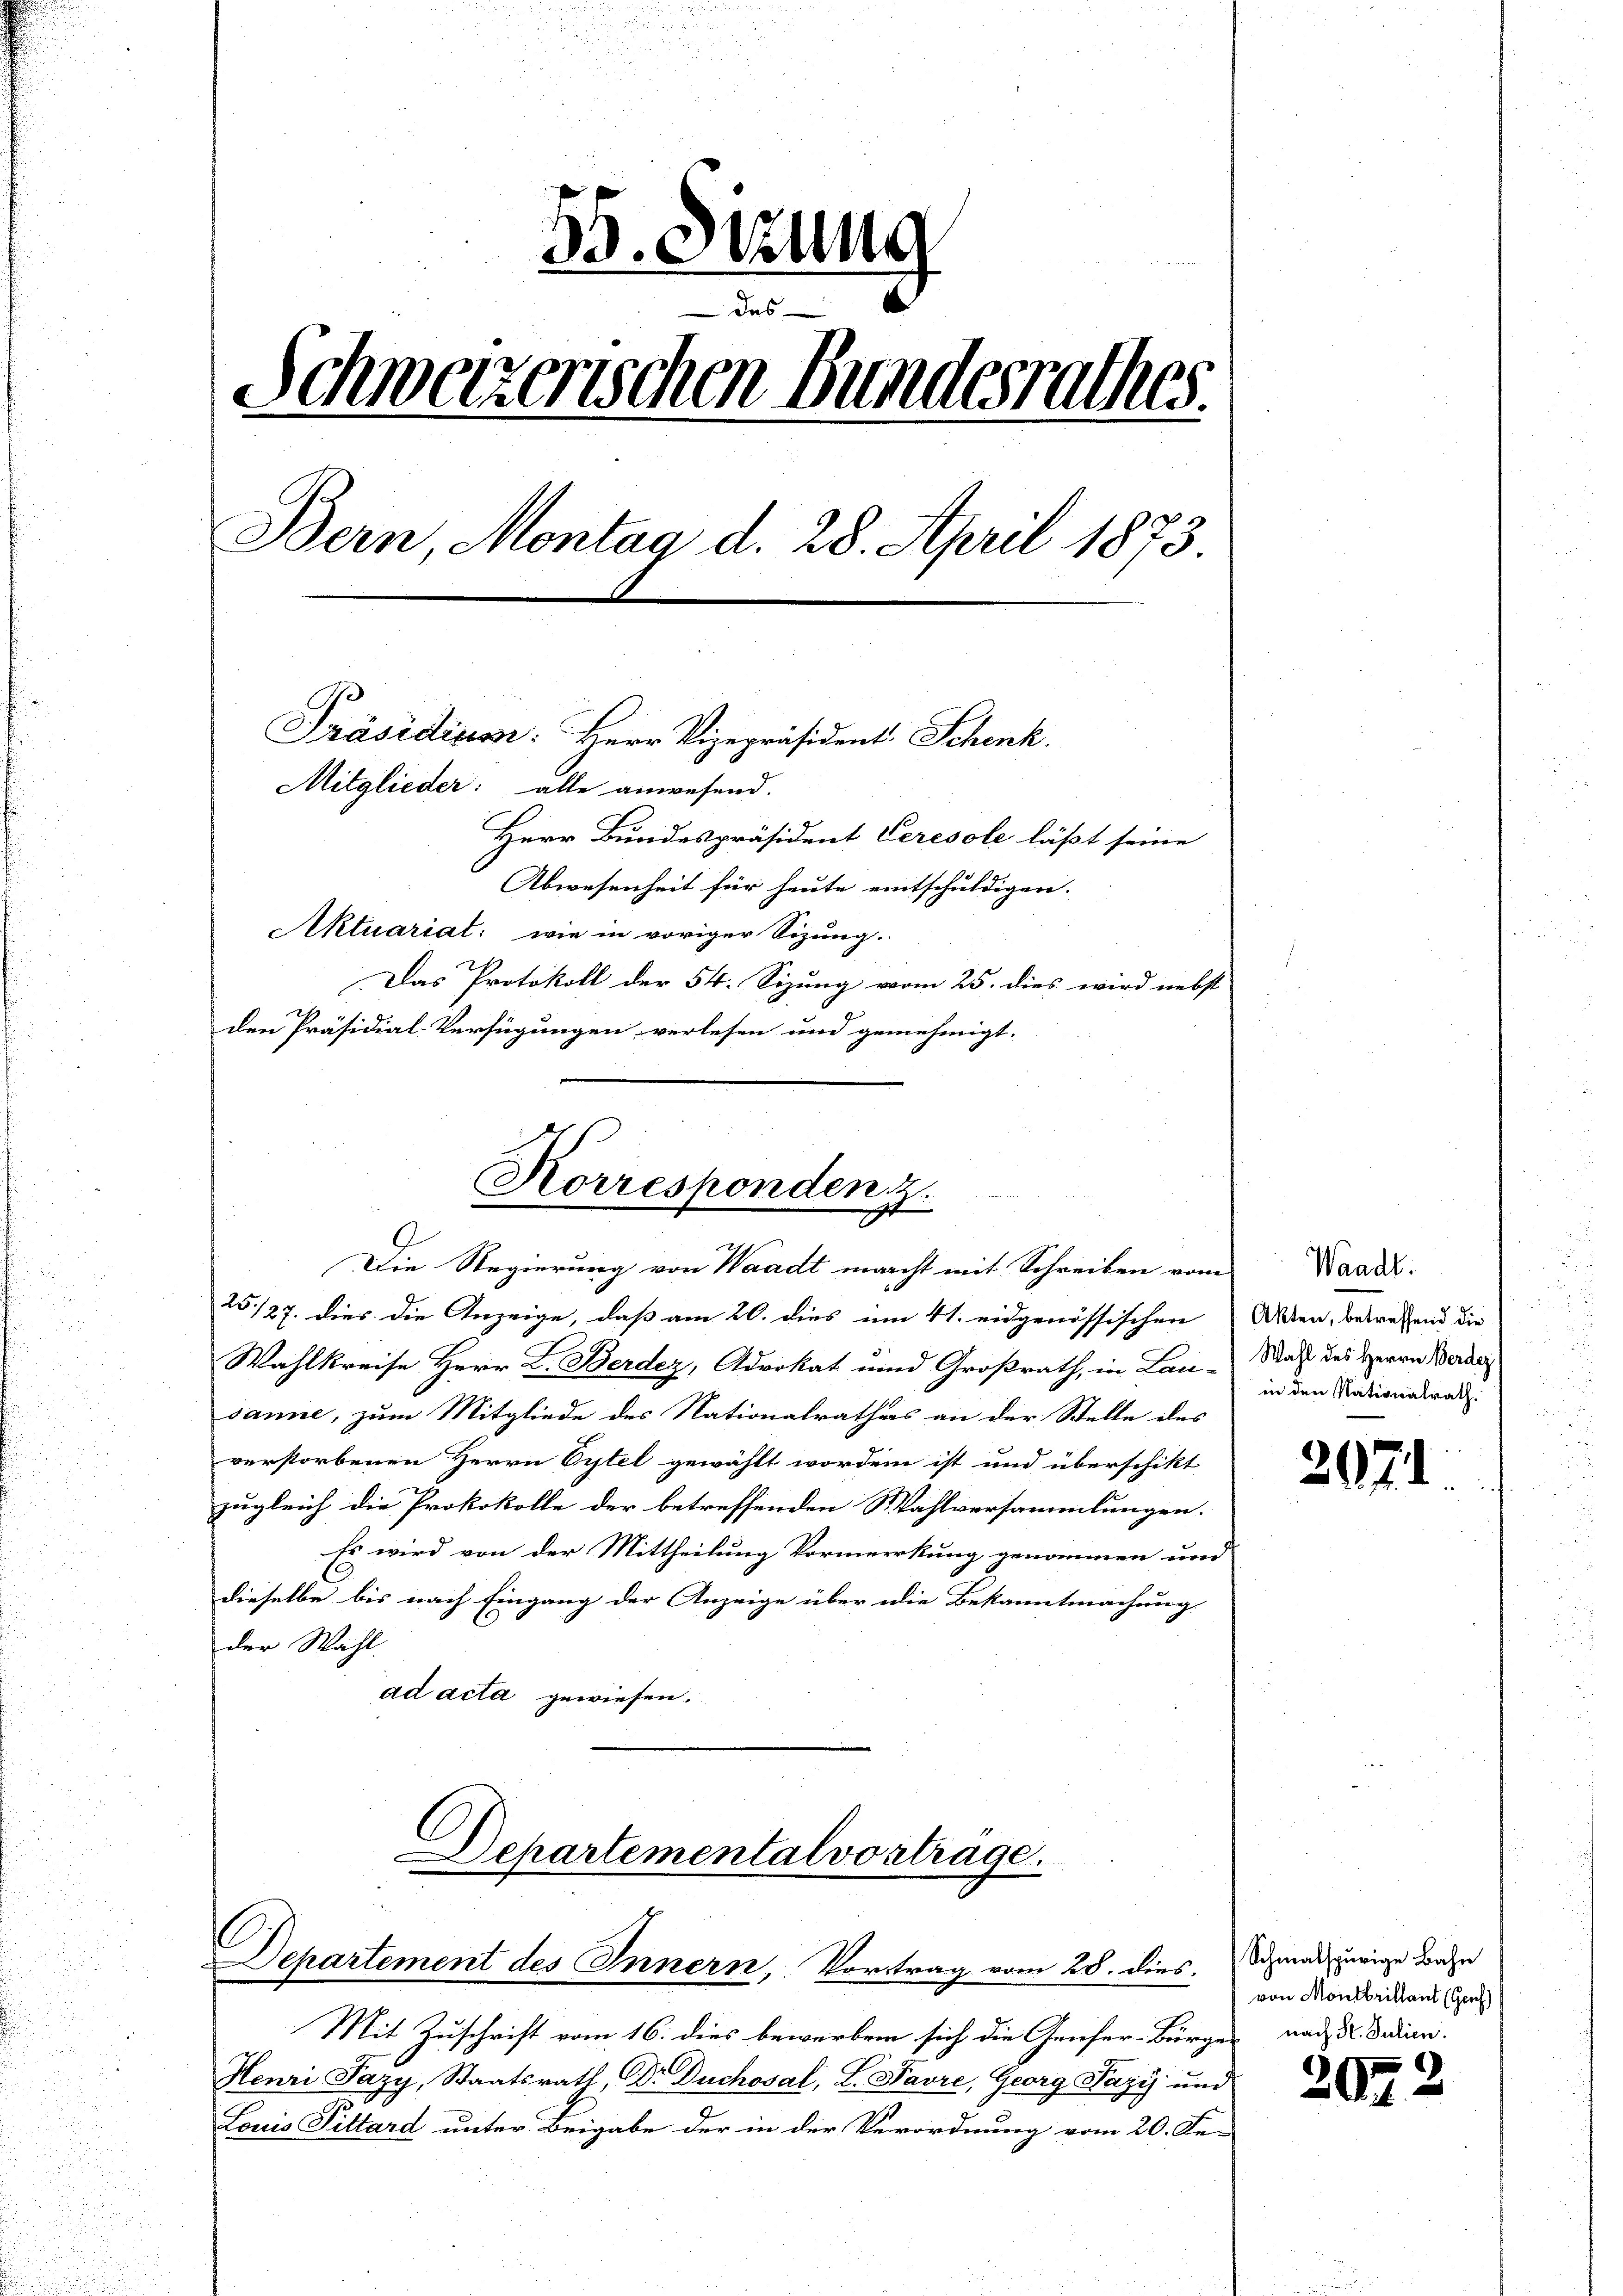
55. Sizung
Schweizerischen Bundesrathes.
Bern, Montag d. 28. April 1873.
Präsidium: Herr Vizepräsident. Schenk.
Mitglieder: alle anwesend.
Herr Bundespräsident Ceresole läßt seine
Abwesenheit für heute eintschuldigen.
Aktuariat: wie in voriger Sizung.
d
Das Protokoll der 54. Sizung vom 25. dies wird nebst
den Präsidial-Verfügungen verlesen und genehmigt. |

Korresponden
Die Regierung von Waadt macht mit Schreiben vom

25/27. dies die Anzeige, daß am 20. dies um 41. eidgenössischen
Wahlkreise Herr L. Berdez, Advokat und Großrath, in Lau-
sanne, zum Mitgliede des Nationalrathes an der Stelle des
verstorbenen Herrn Cytel gewählt worden ist und überschikt
zugleich die Protokolle der betreffenden Wahlversammlungen.
Es wird von der Mittheilung Vormerkung genommen und
dieselbe bis nach Eingang der Anzeige über die Bekanntmachung
der Wahl
ad acta gewiesen.

Departemental vortrage.
Departement des Innern, Vortrag vom 28. dies. Schmal aurige Bahn

Waadt.
Akten, betreffend die
Wahl des Herrn Berdez
in den Nationalrath.

Mit Zuschrift vom 16. dies bewerben sich die Genfer-Bürger nach u. dedien
Henri Pazy, Staatsrath, DDr. Duchosal, L. Saure, Georg Nazi und
Louis Fittard unter Beigabe der in der Verordnung vom 20. Se-

217.

von Montbrillant (Genf)

20.